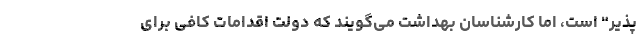
پذیر" است، اما کارشناسان بهداشت می‌گویند که دولت اقدامات کافی برای